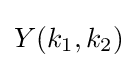
Y(k_{1},k_{2})